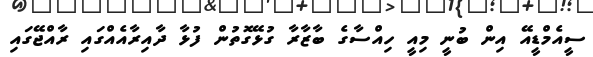
ސީއެމްޑީއޭ އިން ބުނީ މިއީ ހިއްސާގެ ބާޒާރާ ގުޅޭގޮތުން ފުޅާ ދާއިރާއެއްގައި ރާއްޖޭގައި